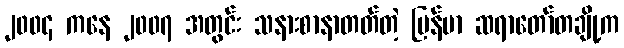
၂၀၀၄ ကနေ ၂၀၀၇ အတွင်း သနားစာနာတတ်တဲ့ မြန်မာ ဆရာတော်တချို့က